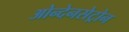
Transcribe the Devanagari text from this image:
ओन्देनसेट्रोन